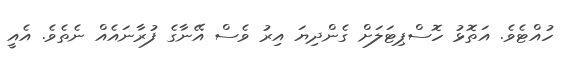
ހުއްޓެވެ. އަތޮޅު ހޮސްޕިޓަލަށް ގެންދިޔަ އިރު ވެސް އޭނާގެ ފުރާނައެއް ނެތެވެ. އެއީ